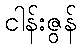
ငါန်းဇွန်